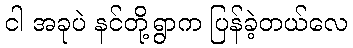
ငါ အခုပဲ နင်တို့ရွာက ပြန်ခဲ့တယ်လေ